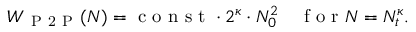
W _ { \mathrm { ~ P ~ 2 ~ P ~ } } ( N ) = \mathrm { ~ c ~ o ~ n ~ s ~ t ~ } \cdot 2 ^ { \kappa } \cdot N _ { 0 } ^ { 2 } \quad \mathrm { ~ f ~ o ~ r ~ } N = N _ { t } ^ { \kappa } .